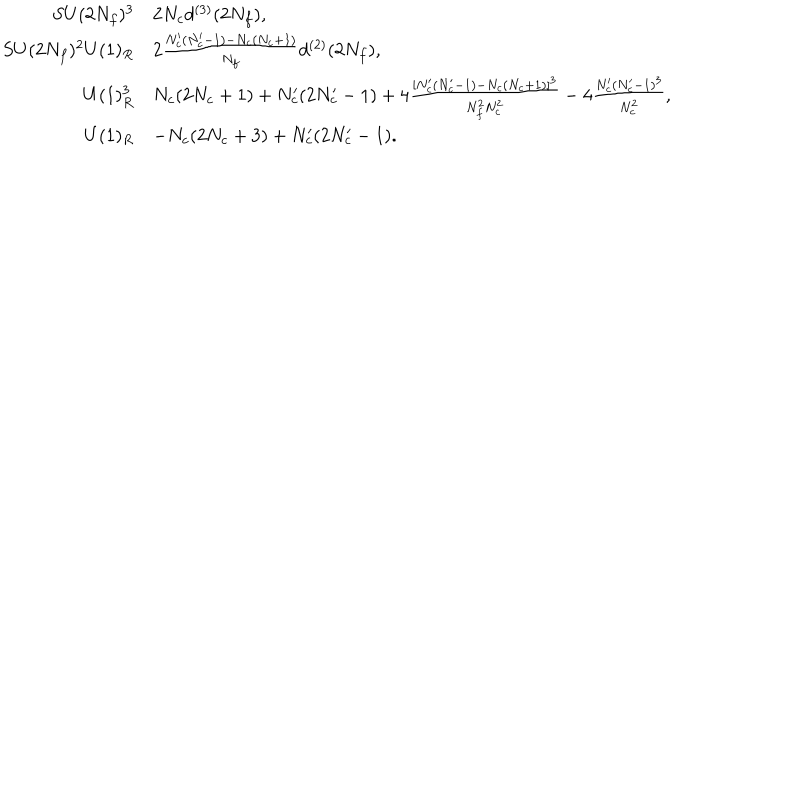
\begin{array} { r l } { { S U ( 2 N _ { f } ) ^ { 3 } } } & { { 2 N _ { c } d ^ { ( 3 ) } ( 2 N _ { f } ) , } } \\ { { S U ( 2 N _ { f } ) ^ { 2 } U ( 1 ) _ { R } } } & { { 2 \frac { N _ { c } ^ { \prime } ( N _ { c } ^ { \prime } - 1 ) - N _ { c } ( N _ { c } + 1 ) } { N _ { f } } d ^ { ( 2 ) } ( 2 N _ { f } ) , } } \\ { { U ( 1 ) _ { R } ^ { 3 } } } & { { N _ { c } ( 2 N _ { c } + 1 ) + N _ { c } ^ { \prime } ( 2 N _ { c } ^ { \prime } - 1 ) + 4 \frac { [ N _ { c } ^ { \prime } ( N _ { c } ^ { \prime } - 1 ) - N _ { c } ( N _ { c } + 1 ) ] ^ { 3 } } { N _ { f } ^ { 2 } N _ { c } ^ { 2 } } - 4 \frac { N _ { c } ^ { \prime } ( N _ { c } ^ { \prime } - 1 ) ^ { 3 } } { N _ { c } ^ { 2 } } , } } \\ { { U ( 1 ) _ { R } } } & { { - N _ { c } ( 2 N _ { c } + 3 ) + N _ { c } ^ { \prime } ( 2 N _ { c } ^ { \prime } - 1 ) . } } \\ \end{array}